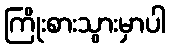
ကြိုးစားသွားမှာပါ